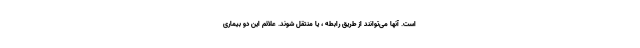
است. آنها می‌توانند از طریق رابطه ، یا منتقل شوند. علائم این دو بیماری